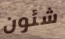
شئون